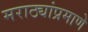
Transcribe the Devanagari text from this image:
मराठ्यांप्रमाणे